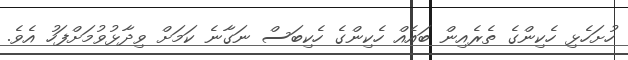
ހުށަހެޅި ހެކިންގެ ތެރެއިން ބައެއް ހެކިންގެ ހެކިބަސް ނަގާނެ ކަމަށް ވިދާޅުވުމަށްފަހު އެވެ.